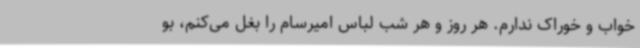
خواب و خوراک ندارم. هر روز و هر شب لباس امیرسام را بغل می‌کنم، بو